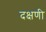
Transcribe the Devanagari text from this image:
दक्षणी